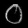
Digit: ၀